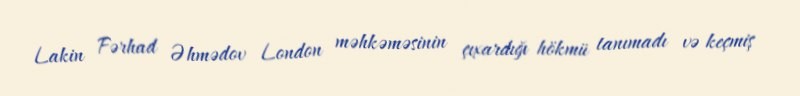
Lakin Fərhad Əhmədov London məhkəməsinin çıxardığı hökmü tanımadı və keçmiş